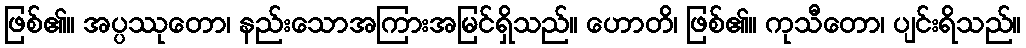
ဖြစ်၏။ အပ္ပဿုတော၊ နည်းသောအကြားအမြင်ရှိသည်။ ဟောတိ၊ ဖြစ်၏။ ကုသီတော၊ ပျင်းရိသည်။